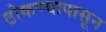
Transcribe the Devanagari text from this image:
ठोकण्यापासून